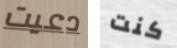
دعيت كنت